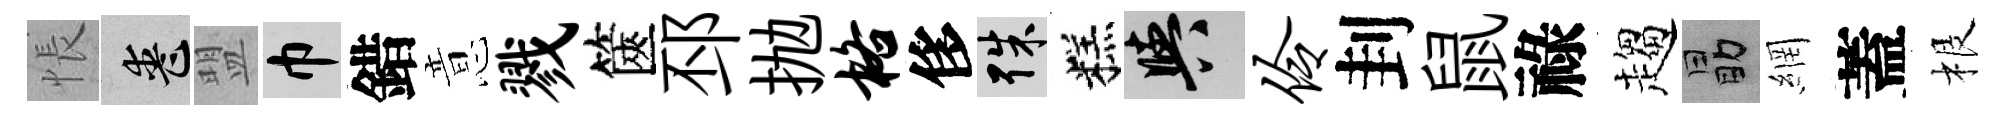
悵喪盟巾錯意戮篋邳抛格侈殊糕阳伶刲鼠祿趨勗網蓋根